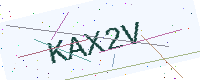
Text: KAX2V